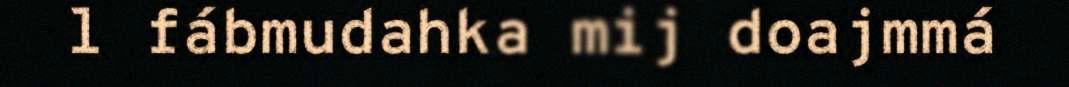
l fábmudahka mij doajmmá